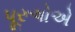
પૂરૂષોએ